Indian journal of veterinary science and animal husbandry - Volume 9,
Year: 1939
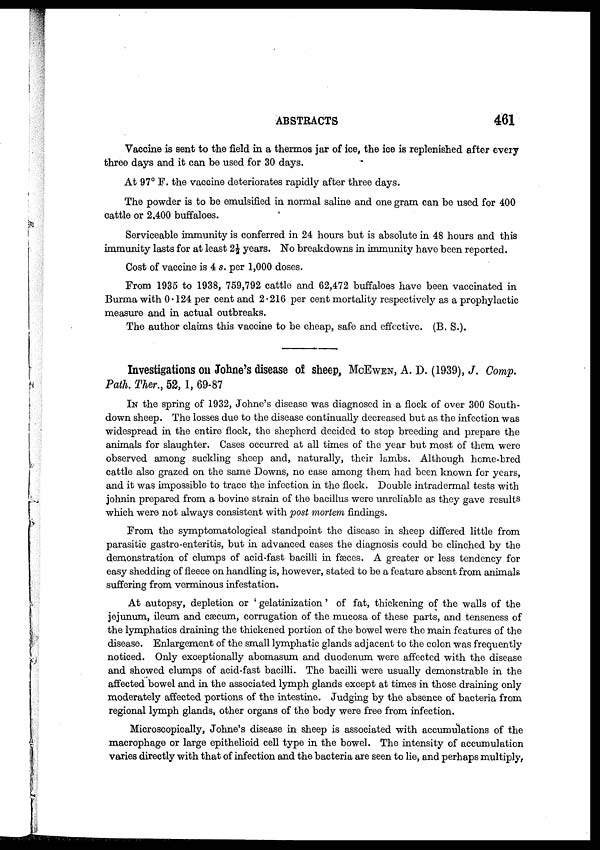
ABSTRACTS
461
Vaccine is sent to the field in a thermos jar of ice, the ice is replenished after every
three days and it can be used for 30 days.
At 97° F. the vaccine deteriorates rapidly after three days.
The powder is to be emulsified in normal saline and one gram can be used for 400
cattle or 2,400 buffaloes.
Serviceable immunity is conferred in 24 hours but is absolute in 48 hours and this
immunity lasts for at least 2½ years. No breakdowns in immunity have been reported.
Cost of vaccine is 4 s. per 1,000 doses.
From 1935 to 1938, 759,792 cattle and 62,472 buffaloes have been vaccinated in
Burma with 0.124 per cent and 2.216 per cent mortality respectively as a prophylactic
measure and in actual outbreaks.
The author claims this vaccine to be cheap, safe and effective. (B. S.).
Investigations on Johne's disease of sheep, MCEWEN, A. D. (1939), J. Comp.
Path. Ther., 52, 1, 69-87
IN the spring of 1932, Johne's disease was diagnosed in a flock of over 300 South-
down sheep. The losses due to the disease continually decreased but as the infection was
widespread in the entire flock, the shepherd decided to stop breeding and prepare the
animals for slaughter. Cases occurred at all times of the year but most of them were
observed among suckling sheep and, naturally, their lambs. Although home-bred
cattle also grazed on the same Downs, no case among them had been known for years,
and it was impossible to trace the infection in the flock. Double intradermal tests with
johnin prepared from a bovine strain of the bacillus were unreliable as they gave results
which were not always consistent with post mortem findings.
From the symptomatological standpoint the disease in sheep differed little from
parasitic gastro-enteritis, but in advanced cases the diagnosis could be clinched by the
demonstration of clumps of acid-fast bacilli in fæces. A greater or less tendency for
easy shedding of fleece on handling is, however, stated to be a feature absent from animals
suffering from verminous infestation.
At autopsy, depletion or ' gelatinization' of fat, thickening of the walls of the
jejunum, ileum and cæcum, corrugation of the mucosa of these parts, and tenseness of
the lymphatics draining the thickened portion of the bowel were the main features of the
disease. Enlargement of the small lymphatic glands adjacent to the colon was frequently
noticed. Only exceptionally abomasum and duodenum were affected with the disease
and showed clumps of acid-fast bacilli. The bacilli were usually demonstrable in the
affected bowel and in the associated lymph glands except at times in those draining only
moderately affected portions of the intestine. Judging by the absence of bacteria from
regional lymph glands, other organs of the body were free from infection.
Microscopically, Johne's disease in sheep is associated with accumulations of the
macrophage or large epithelioid cell type in the bowel. The intensity of accumulation
varies directly with that of infection and the bacteria are seen to lie, and perhaps multiply,